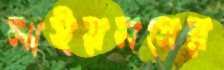
লাইয়নসের